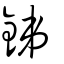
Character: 銻